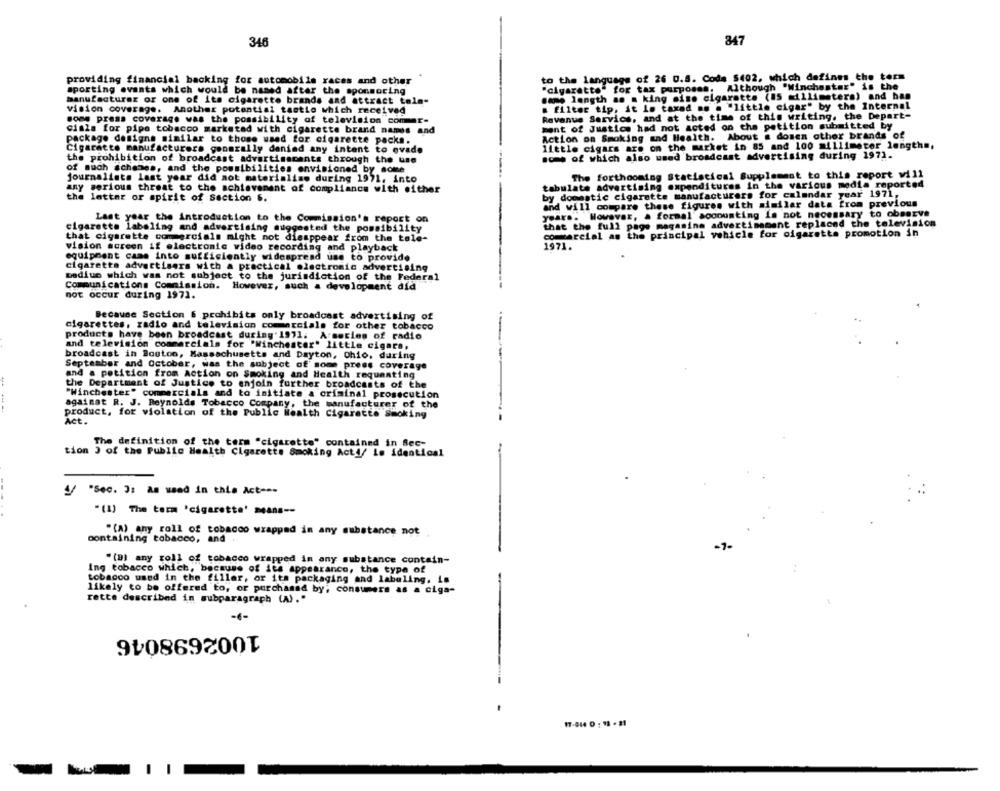
847
346
to the language of 26 0.8. Coda $402, which defines the term
providing financial backing for automobile races and other
"cigarette" for tax purposes. Although "Winchester" is the
sporting events which would be named after the sponsoring
same length as a king mise cigarette (15 millimeters) and han
manufacturer or one of its cigarette brands and attract tols-
vision coverage. Another potential tactlo which received
. filter tip, it is taxed .. . "little cigar" by the Internal
moms press coverage was the possibility of television commer-
Revenue Service, and at the time of this writing. the Depart-
ment of Justice had not acted on the petition submitted by
cisla for pipe tobacco marketad with cigarette brand names and
Action on Smoking and Health. About a dosen other brands of
package designa similar to those used for cigarette packs.
Cigarette manufacturers goomrally daniad any intent to evade
little cigars are on the market in 85 and 100 millimeter length =,
the prohibition of broadcast advertisecante through the use
some of which also used broadcast advertising during 1971.
of much schemes, and the possibilities envisioned by some
The forthooming Statistical Supplement to this report will
journalists last year did not materialise during 1971. into
tabulate advertising expenditures in the various media reported
any serious threat to the achievement of compliance with either
the latter or spirit of Section 6.
----
by domestic cigarette manufacturers for calendar year 1971,
and will compare these figures with similar data from previous
years. However, a formal accounting is not necessary to observe
Last year the introduction to the Commission's report on
that the full page magasine advertisement replaced the television
cigarette labeling and advertising suggested the possibility
that cigarette commercials might not disappear from the tale-
commercial as the principal vehicle for cigarette promotion in
1971.
vision screen if electronic video recording and playback
equipment came into sufficiently widespread use to provide
cigarette advertisers with a practical electronic advertising
medium which was not subject to the jurisdiction of the Federal
Communications Commission. However, such a development did
not occur during 1971.
Because Section & prohibits only broadcast advertising of
cigarettes, radio and television commercials for other tobacco
products have been broadcast during 1971. A:series of radio
and television commercials for "Winchester" little cigars,
broadcast in Boston, Massachusetts and Dayton, Ohio, during
September and October, was the subject of some press coverage
and a petition from Action on Smoking and Health requesting
the Department of Justice to enjoin further broadcasts of the
"Winchester" commercials and to initiate a criminal prosecution
againat R. J. Reynolds Tobacco Company, the manufacturer of the
product, for violation of the Public Health Cigarette Smoking
Act.
The definition of the term "cigarette" contained in Sec-
tion ) of the Public Health Cigarette Smoking Acti/ is identical
"Sec. 3: as used in this Act ---
"(1) The term 'cigarette' means --
"(A) any roll of tobacco wrapped in any substance not
containing tobacco, and
-1-
"(B) any roll of tobacco wrapped in any substance contain-
ing tobacco which, because of its appearance, the type of
tobacco used in the filler, or its packaging and labeling, is
likely to be offered to, or purchased by; consumers as a ciga-
rette described in subparagraph (A)."
-6-